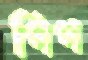
পিপ